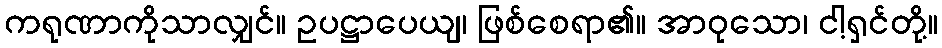
ကရုဏာကိုသာလျှင်။ ဥပဋ္ဌာပေယျ၊ ဖြစ်စေရာ၏။ အာဝုသော၊ ငါ့ရှင်တို့။